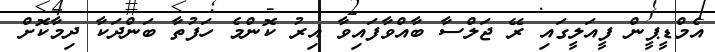
އެމްޑީޕީން ފީއަލީގައި ރޭ ޖަލްސާ ބާއްވާފައިވާ އިރު ކޮންމެ ހަފުތާ ބަންދަކާ ދިމާކޮށް